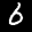
Label: 6